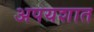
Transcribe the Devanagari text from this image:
अपयशात